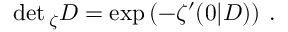
\operatorname * { d e t } { } _ { \zeta } D = \exp \left( - \zeta ^ { \prime } ( 0 | D ) \right) \: .